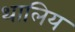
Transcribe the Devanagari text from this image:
थालिय